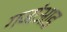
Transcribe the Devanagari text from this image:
गजांआड